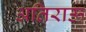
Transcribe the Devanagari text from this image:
अतिराऊ